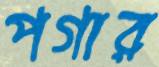
পগার